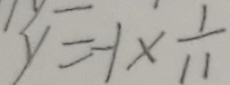
y = - 1 \times \frac { 1 } { 1 1 }